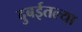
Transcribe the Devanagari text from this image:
दुबईतल्या